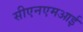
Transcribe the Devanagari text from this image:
सीएनएमआई